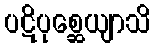
ပဋိပုစ္ဆေယျာသိ